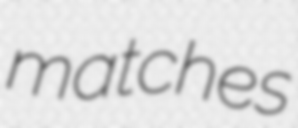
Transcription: matches